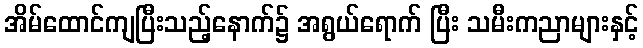
အိမ်ထောင်ကျပြီးသည့်နောက်၌ အရွယ်ရောက် ပြီး သမီးကညာများနှင့်